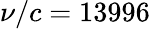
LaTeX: \nu/c=13996